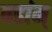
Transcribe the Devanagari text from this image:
वहांम्